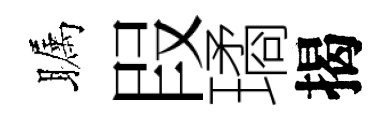
瞩叚璚揭